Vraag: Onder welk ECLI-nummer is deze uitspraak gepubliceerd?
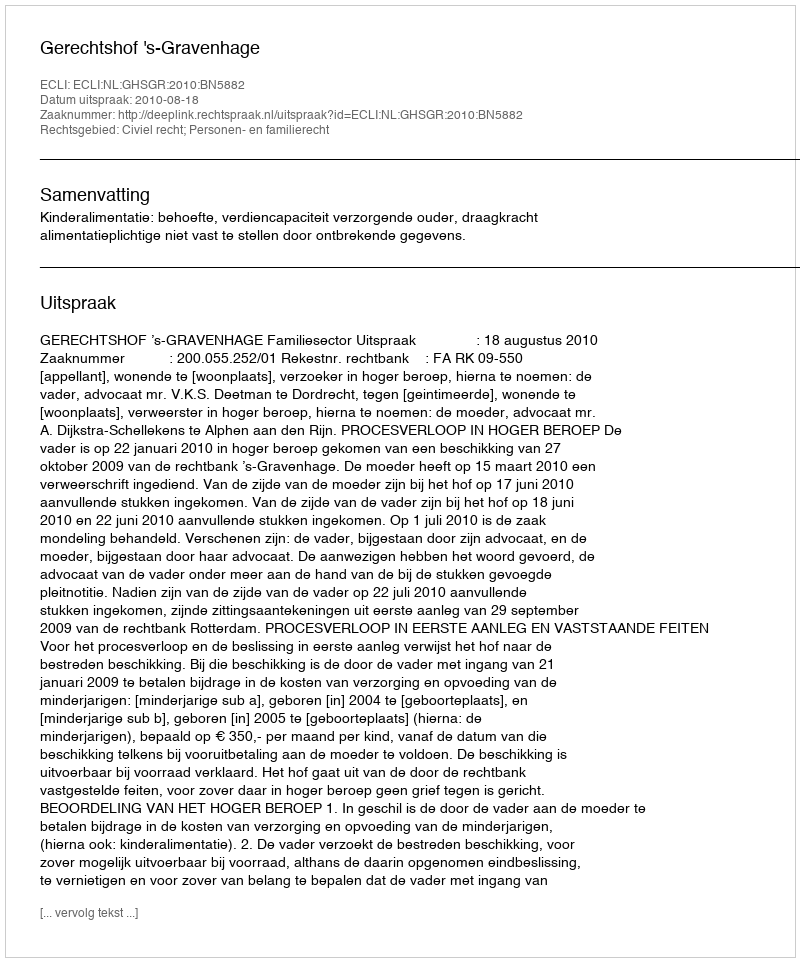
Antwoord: ECLI:NL:GHSGR:2010:BN5882